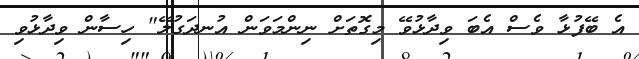
އެ ބޭފުޅާ ވެސް އެބަ ވިދާޅުވޭ މިގޮތަށް ނިންމަވަން އުނދަގުލޭ" ހިސާން ވިދާޅުވި